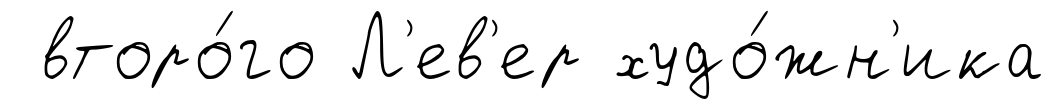
второ́го Л'ев'ер худо́жн'ика